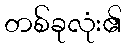
တစ်ခုလုံး၏